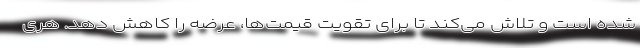
شده است و تلاش می‌کند تا برای تقویت قیمت‌ها، عرضه را کاهش دهد. هری